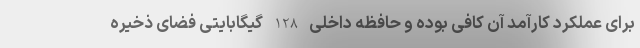
برای عملکرد کارآمد آن کافی بوده و حافظه داخلی 128 گیگابایتی فضای ذخیره